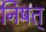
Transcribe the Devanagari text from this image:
निषत्